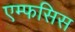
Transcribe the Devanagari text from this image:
एम्फसिस